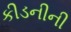
કીડનીની